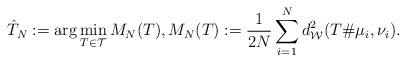
\begin{align*}{} \hat{T}_N:=\arg\min_{T \in \mathcal{T}} M_N(T), M_N(T):= \frac{1}{2N} \sum_{i=1}^N d^2_{\mathcal{W}}(T\# \mu_i,\nu_i).\end{align*}